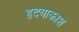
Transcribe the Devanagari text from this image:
हृदयाकाश